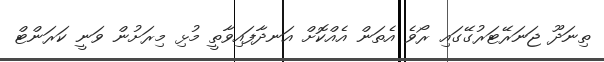
ތިނަދޫ ޖަނަރޭޓަރުގޭގައި ރޯވެ އެތަން އެއްކޮށް އަނދާފައިވާތީ މުޅި މިރަށުން ވަނީ ކަރަންޓް